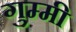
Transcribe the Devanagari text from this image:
गुम्मी